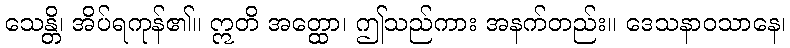
သေန္တိ၊ အိပ်ရကုန်၏။ ဣတိ အတ္ထော၊ ဤသည်ကား အနက်တည်း။ ဒေသနာဝသာနေ၊